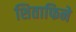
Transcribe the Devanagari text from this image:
शिताफिने